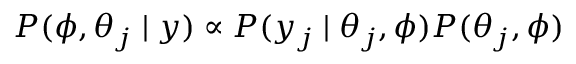
P ( \phi , \theta _ { j } \mid y ) \propto P ( y _ { j } \mid \theta _ { j } , \phi ) P ( \theta _ { j } , \phi )